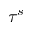
\tau ^ { s }